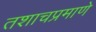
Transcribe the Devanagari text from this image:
तशाचप्रमाणे